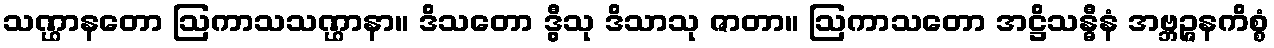
သဏ္ဌာနတော ဩကာသသဏ္ဌာနာ။ ဒိသတော ဒွီသု ဒိသာသု ဇာတာ။ ဩကာသတော အဋ္ဌိသန္ဓီနံ အဗ္ဘဉ္ဇနကိစ္စံ